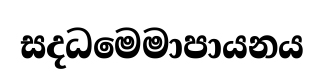
සදධමෙමාපායනය